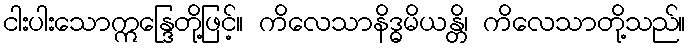
ငါးပါးသောဣန္ဒြေတို့ဖြင့်။ ကိလေသာနိဒ္ဓမိယန္တိ၊ ကိလေသာတို့သည်။